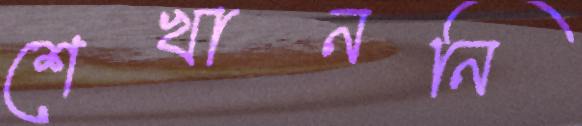
শেখাননি